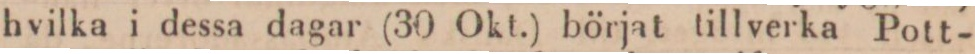
hvilka i dessa dagar (30 Okt.) börjat tillverka Pott-